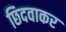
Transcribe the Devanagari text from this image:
छिदवाकर